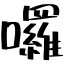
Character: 囉